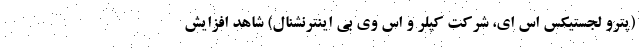
(پترو لجستیکس اس ای، شرکت کپلر و اس وی بی اینترنشنال) شاهد افزایش